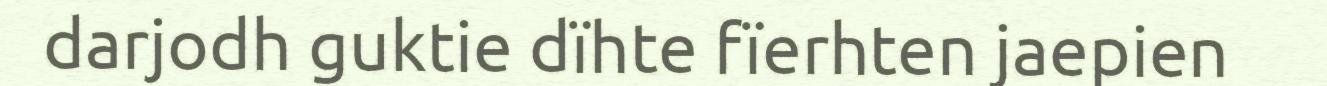
darjodh guktie dïhte fïerhten jaepien